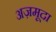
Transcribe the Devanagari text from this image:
अज़मूदा